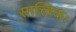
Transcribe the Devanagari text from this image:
सात्त्विकः